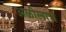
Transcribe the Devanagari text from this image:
अळीलाच